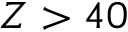
Z > 4 0